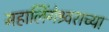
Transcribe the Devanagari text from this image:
महालिंगेश्र्वराच्या